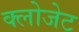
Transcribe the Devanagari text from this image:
क्लोजेट